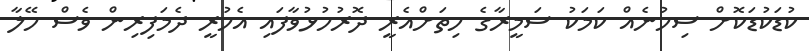
ކުޑަކުޑަކޮށް ސިހުނެއް ކަމަކު ސަމީރާގެ ހިތަށްއެރީ ދޮރުހުޅުވާފައި އެހުރީ ދެމަފިރިން ވެސް ހޭލާ